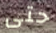
حتى